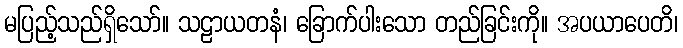
မပြည့်သည်ရှိသော်။ သဠာယတနံ၊ ခြောက်ပါးသော တည်ခြင်းကို။ အပယာပေတိ၊